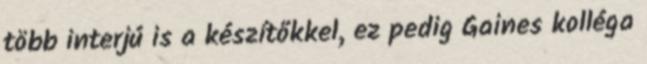
több interjú is a készítőkkel, ez pedig Gaines kolléga